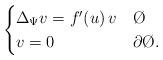
LaTeX: \begin{align*}\begin{cases} \Delta_{\Psi} v = f'(u) \, v & \O \\ v = 0 & \partial \O.\end{cases}\end{align*}